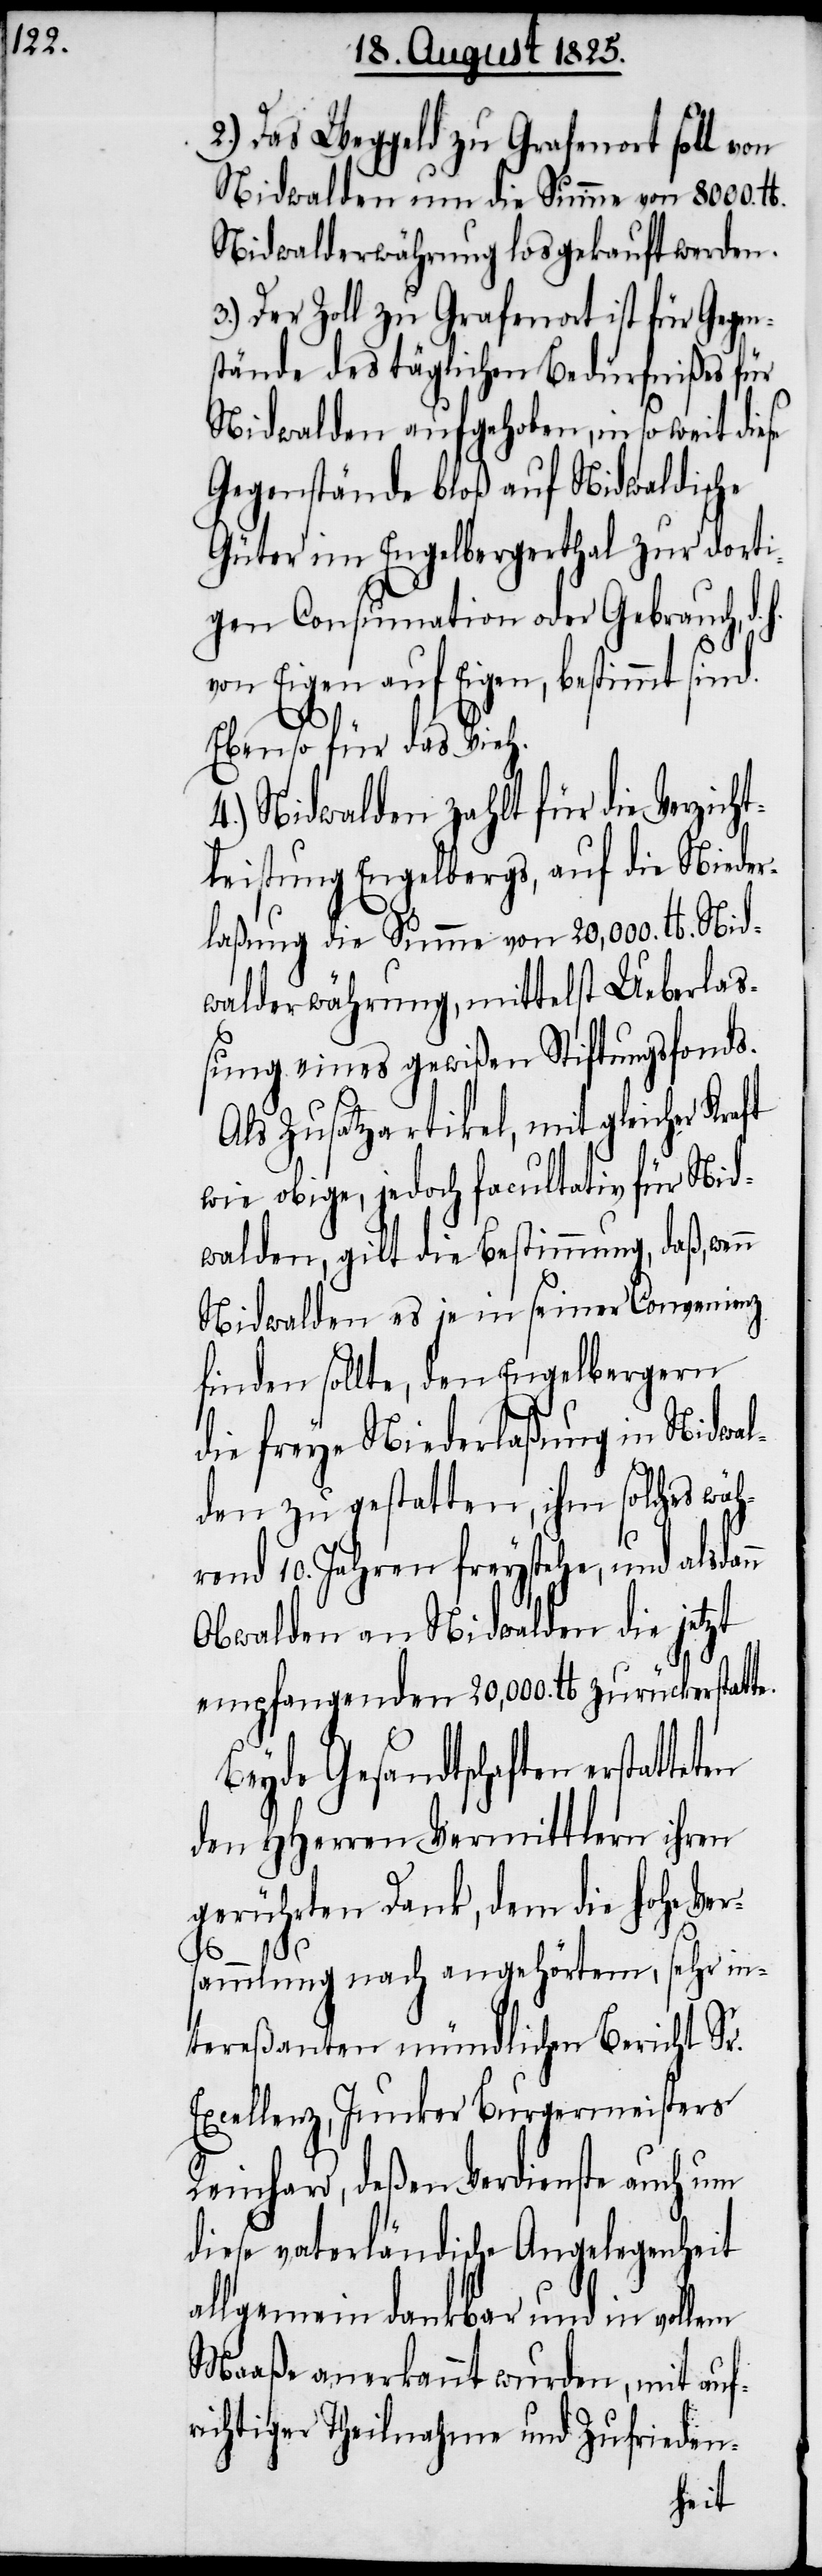
2.) Das Weggeld zu Grafenort soll von
Nidwalden um die Summe von 8000 lb.
Nidwalderwährung losgekauft werden.
3.) Der Zoll zu Grafenort ist für Gegen¬
stände des täglichen Bedürfnißes für
Nidwalden aufgehoben, in so weit diese
Gegenstände bloß auf Nidwaldische
Güter im Engelbergerthal zur dorti¬
gen Consumation oder Gebrauch, d.
von Eigen auf Eigen, bestimmt sind.
n
Ebenso für das Vieh.
4.) Nidwalden zahlt für die Verzicht¬
leistung Engelbergs, auf die Nieder¬
laßung die Summe von 20,000. lb. Nid¬
walderwährung, mittelst Ueberlas¬
sung eines gewißen Stiftungsfonds.
Als Zusatzartikel, mit gleicher
wie obige, jedoch facultativ für Nid¬
walden, gilt die Bestimmung, daß, wen¬
Nidwalden es je in seiner Convenienz
finden sollte, den Engelbergern
die freye Niederlaßung in Nidwal¬
den zu gestatten, ihm solches wäh¬
rend 10. Jahren freystehe, und alsdann
Obwalden an Nidwalden die jetzt
empfangenden 20,000. lb zurückerstatte¬
Beyde Gesandtschaften erstatte¬
den Hherren Vermittlern ihren
gerührten Dank, dem die hohe Ver¬
E¬
sammlung nach angehörtem, sehr in¬
tereßanten mündlichen Bericht Sr.
xcelllenz, Junker Burgermeisters
Reinhard, deßen Verdienste auch um
diese vaterländische Angelegenheit
allgemein dankbar und in vollem
Maaße anerkannt wurden, mit auf¬
richtiger Theilnahme und Zufrieden-